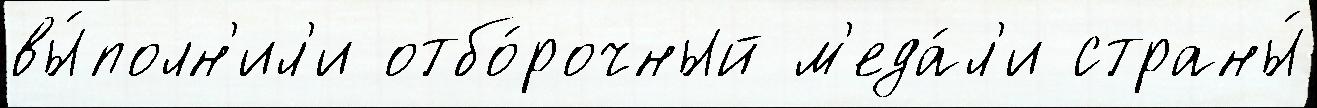
вы́полн'ил'и отбо́рочный м'еда́л'и страны́